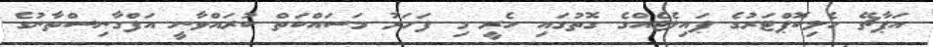
އަޕާޗޭ ހެލިކޮޕްޓަރުގެ ޕައިލެޓެއްގެ ގޮތުގައި ހެރީ މި ފަހަރު މަސައްކަތް ކުރައްވާނީ އަފްގާނިސްތާނުގެ